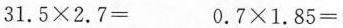
$$3 1 . 5 \times 2 . 7 =$$ $$0 . 7 \times 1 . 8 5 =$$